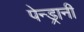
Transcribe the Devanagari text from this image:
पेन्ड्रानी